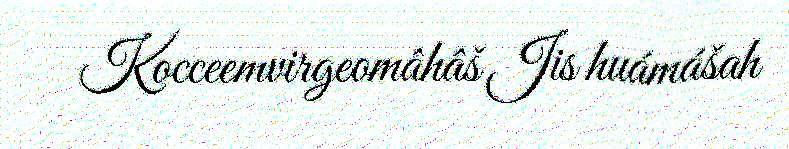
Kocceemvirgeomâhâš Jis huámášah